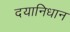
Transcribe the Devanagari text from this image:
दयानिधान